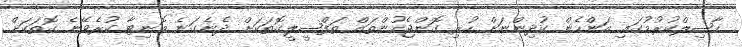
ހާޞިލްކުރުމުގައި އަންހެން ކުދިންނަށް ހުރި ގޮންޖެހުންތައް ތަފްޞީލީގޮތަކަށް ދެނެގަނެ މޮނިޓާ ކުރެވޭނެ ގޮތަކަށް